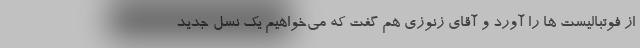
از فوتبالیست ها را آورد و آقای زنوزی هم گفت که می‌خواهیم یک نسل جدید